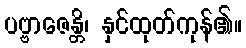
ပဗ္ဗာဇေန္တိ၊ နှင်ထုတ်ကုန်၏။